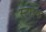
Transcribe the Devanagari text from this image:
स्टाइक